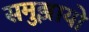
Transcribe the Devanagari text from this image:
समुझायो